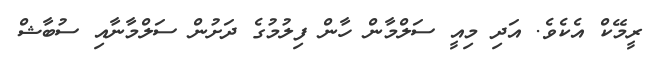
ރީމޭކް އެކެވެ. އަދި މިއީ ސަލްމާން ހާން ފިލުމުގެ ދަށުން ސަލްމާނާއި ސުބާޝް